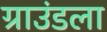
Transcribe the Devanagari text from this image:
ग्राउंडला